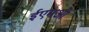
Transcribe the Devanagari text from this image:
ईएमओ